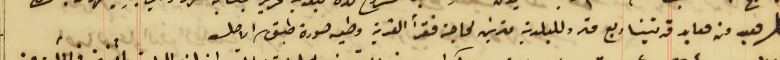
كل معبد من معابد قريتنا ربع متر وللبلدية مترين لحاجة فقرأ القرية وطيه صورة طبق الاصل